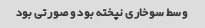
وسط سوخاری نپخته بود و صورتی بود